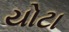
યોટા